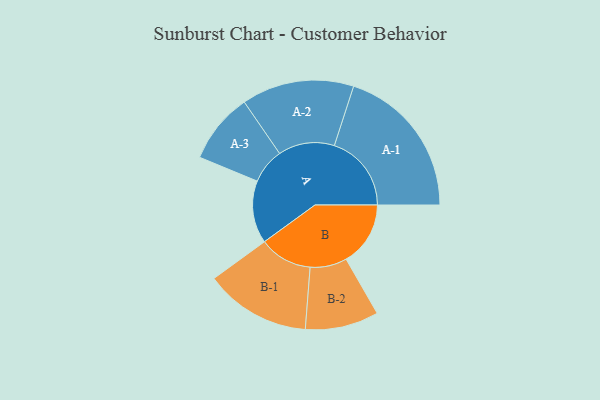
{"axis": {"x": "Segment", "y": "Value"}, "legend": ["", "A", "B"], "data": [{"x": "A", "y": 177, "type": ""}, {"x": "B", "y": 182, "type": ""}, {"x": "A-1", "y": 218, "type": "A"}, {"x": "A-2", "y": 159, "type": "A"}, {"x": "A-3", "y": 100, "type": "A"}, {"x": "B-1", "y": 150, "type": "B"}, {"x": "B-2", "y": 104, "type": "B"}]}